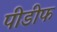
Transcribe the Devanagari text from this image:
पीडीफ